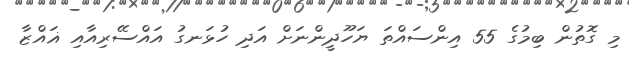
މި ގޮތުން ބިމުގެ 55 އިންސައްތަ ޔަހޫދީންނަށް އަދި ހުޅަނގު އައްސޭރިއާއި ޣައްޒާ